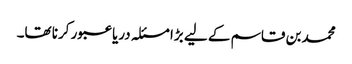
محمد بن قاسم کے لیے بڑا مسئلہ دریا عبور کرنا تھا۔